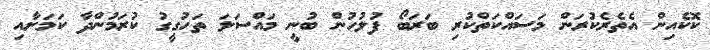
ކޮކެއިން އެތެރެކުރަން މަސައްކަތްކުރި ބަރަބޯ ފުލުހުން ބުނީ މައްސަލަ ތަހުގީގު ކުރަމުންދާ ކަމަށާއި